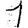
Digit: 1